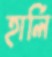
হার্লি